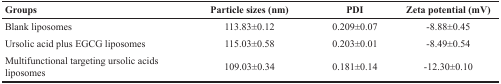
<table><thead><tr><td><b>Groups</b></td><td><b>Particle sizes (nm)</b></td><td><b>PDI</b></td><td><b>Zeta potential (mV)</b></td></tr></thead><tbody><tr><td>Blank liposomes</td><td>113.83±0.12</td><td>0.209±0.07</td><td>−8.88±0.45</td></tr><tr><td>Ursolic acid plus EGCG liposomes</td><td>115.03±0.58</td><td>0.203±0.01</td><td>−8.49±0.54</td></tr><tr><td>Multifunctional targeting ursolic acids liposomes</td><td>109.03±0.34</td><td>0.181±0.14</td><td>−12.30±0.10</td></tr></tbody></table>